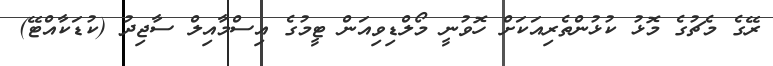
ރޭގެ މެޗުގެ މޮޅު ކުޅުންތެރިއަކަށް ހޮވުނީ މޯލްޑިވިއަން ޓީމުގެ އިސްމާއިލް ސާޖިދު (ކުޑަކާއްޓޭ)